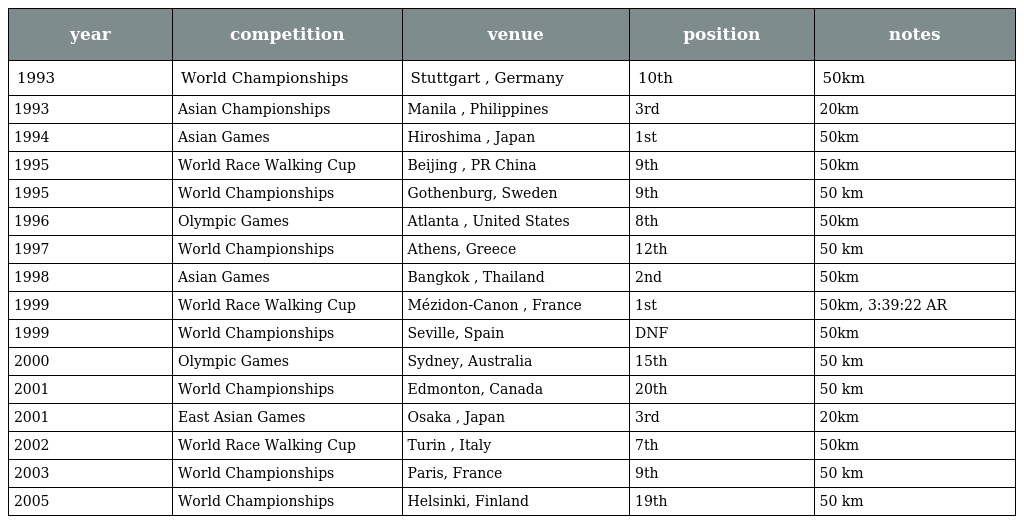
| year | competition | venue | position | notes |
 | --- | --- | --- | --- | --- |
 | 1993 | World Championships | Stuttgart , Germany | 10th | 50km |
 | 1993 | Asian Championships | Manila , Philippines | 3rd | 20km |
 | 1994 | Asian Games | Hiroshima , Japan | 1st | 50km |
 | 1995 | World Race Walking Cup | Beijing , PR China | 9th | 50km |
 | 1995 | World Championships | Gothenburg, Sweden | 9th | 50 km |
 | 1996 | Olympic Games | Atlanta , United States | 8th | 50km |
 | 1997 | World Championships | Athens, Greece | 12th | 50 km |
 | 1998 | Asian Games | Bangkok , Thailand | 2nd | 50km |
 | 1999 | World Race Walking Cup | Mézidon-Canon , France | 1st | 50km, 3:39:22 AR |
 | 1999 | World Championships | Seville, Spain | DNF | 50km |
 | 2000 | Olympic Games | Sydney, Australia | 15th | 50 km |
 | 2001 | World Championships | Edmonton, Canada | 20th | 50 km |
 | 2001 | East Asian Games | Osaka , Japan | 3rd | 20km |
 | 2002 | World Race Walking Cup | Turin , Italy | 7th | 50km |
 | 2003 | World Championships | Paris, France | 9th | 50 km |
 | 2005 | World Championships | Helsinki, Finland | 19th | 50 km |